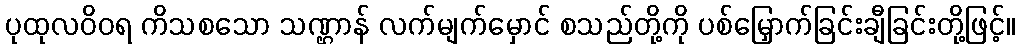
ပုထုလဝိဝရ ကိသစသော သဏ္ဌာန် လက်မျက်မှောင် စသည်တို့ကို ပစ်မြှောက်ခြင်းချီခြင်းတို့ဖြင့်။